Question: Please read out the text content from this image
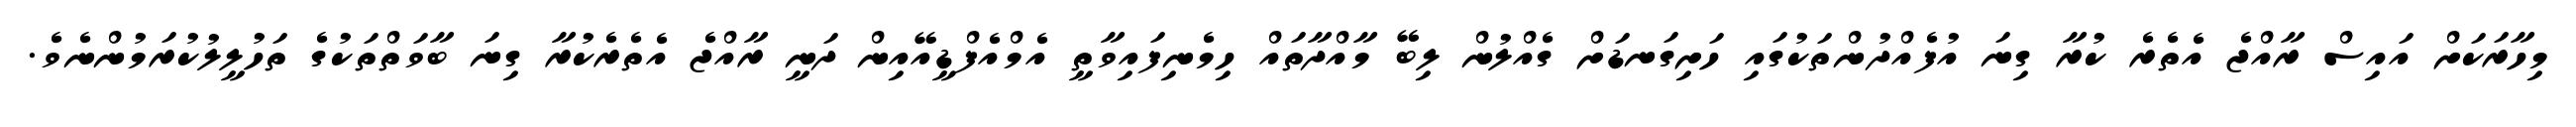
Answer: މިހާރަކަށް އައިސް ރާއްޖެ އެތެރެ ކުރާ ގިނަ އުފެއްދުންތަކުގައި ހަށިގަނޑަށް ގެއްލުން ލިބޭ މާއްދާތައް ހިމެނިފައިވާތީ އެމްއެފްޑީއޭއިން ދަނީ ރާއްޖެ އެތެރެކުރާ ގިނަ ބާވަތްތަކުގެ ތަހުލީލުކުރަމުންނެވެ.